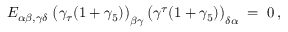
E _ { \alpha \beta , \gamma \delta } \; \big ( \gamma _ { \tau } ( 1 + \gamma _ { 5 } ) \big ) _ { \beta \gamma } \, \big ( \gamma ^ { \tau } ( 1 + \gamma _ { 5 } ) \big ) _ { \delta \alpha } \; = \; 0 \, ,